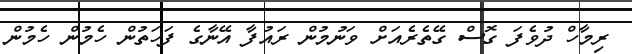
ރިމާހް ދުވެފަ ގޮސް ގޭތެރެއަށް ވަނުމުން ރައުފާ އޭނާގެ ފަހަތުން ހެމުން ހެމުން